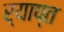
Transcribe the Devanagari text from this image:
र्याप्त